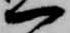
一